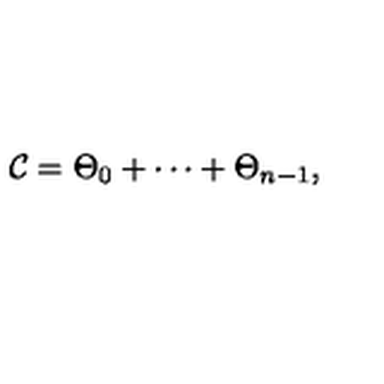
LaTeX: { \cal C } = \Theta _ { 0 } + \cdots + \Theta _ { n - 1 } ,